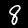
Digit: 8